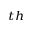
^ { t h }